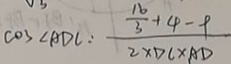
\cos \angle A D C : \frac { \frac { 1 6 } { 3 } + 4 - 9 } { 2 \times D C \times A D }